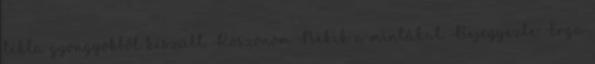
tekla gyöngyökből készült. Köszönöm Nekik a mintákat. Bejegyezte: Erga